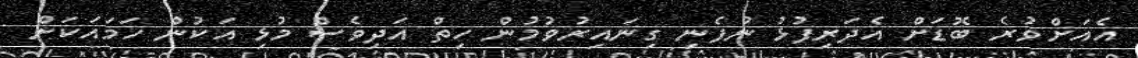
އެއަށްވުރެ ބޮޑަށް އެދަރިފުޅު ނުފެނި ގިނައިރުވުމުން ހިތް އަދިވެސް މުޅި އަކުން ހަމައަކަށް